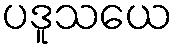
ပဒူသယေ